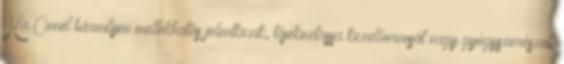
Ha Önnél bármilyen mellékhatás jelentkezik, tájékoztassa kezelőorvosát vagy gyógyszerészét.